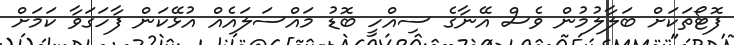
ފޮޓޯތަކަށް ބަލާލުމުން ވެސް އޭނާގެ ސިއްހީ ބޮޑު މައްސަލައެއް އުޅޭކަން ފާހަގަވާ ކަމަށް